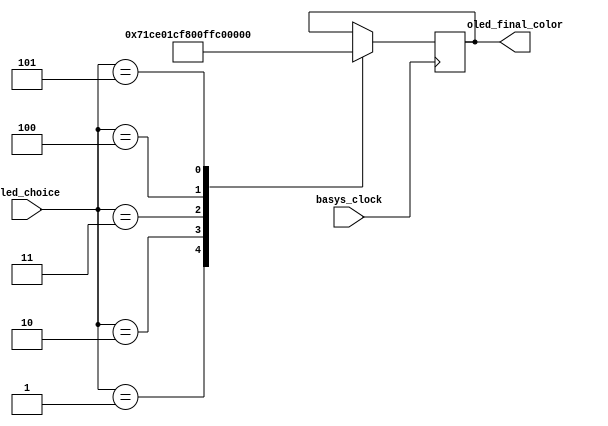
`timescale 1ns / 1ps
//////////////////////////////////////////////////////////////////////////////////
// Company: 
// Engineer: 
// 
// Design Name: 
// Module Name: oled_color
// Project Name: 
// Target Devices: 
// Tool Versions: 
// Description: 
// 
// Dependencies: 
// 
// Revision:
// Revision 0.01 - File Created
// Additional Comments:
// 
//////////////////////////////////////////////////////////////////////////////////


module oled_color(input basys_clock, input [2:0] oled_choice, output reg [15:0] oled_final_color );

    always @ (posedge basys_clock)
    case ( oled_choice)
        3'b001 :    //Cyan  1
            begin
                oled_final_color = {5'b00000, 6'b111000, 5'b11100};
            end
        3'b010 :    //Magenta   2
            begin
                oled_final_color = {5'b11100, 6'b000000, 5'b11100};
            end
        3'b011:     //Red   3
            begin
                oled_final_color = {5'b11111, 6'b000000, 5'b00000};
            end
        3'b100:     //Yellow    4
            begin
                oled_final_color = {5'b11111, 6'b111110, 5'b00000};
            end
        3'b101:     //Green     5
            begin
                oled_final_color = {5'b00000, 6'b111110, 5'b00000};
            end
    endcase
endmodule